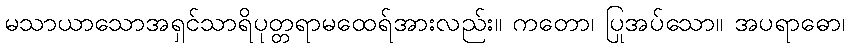
မသာယာသောအရှင်သာရိပုတ္တရာမထေရ်အားလည်း။ ကတော၊ ပြုအပ်သော။ အပရာဓော၊